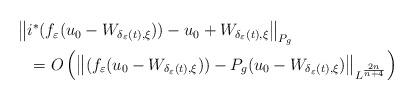
LaTeX: \begin{align*}\begin{multlined}\left\|i^\ast (f_\varepsilon (u_0-W_{\delta_\varepsilon (t),\xi}))-u_0+W_{\delta_\varepsilon (t) , \xi} \right\|_{P_g}\\= O\left(\left\| (f_\varepsilon (u_0-W_{\delta_\varepsilon (t),\xi}))-P_g(u_0-W_{\delta_\varepsilon (t) , \xi})\right\|_{L^\frac{2n}{n+4}}\right)\end{multlined}\end{align*}